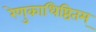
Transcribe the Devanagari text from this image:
रेणुकाधिष्ठितम्‌